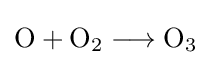
\mathrm {O+O_{2}\longrightarrow O_{3}}